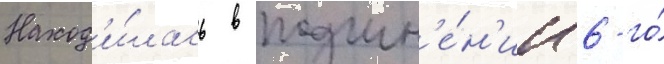
Наход'и́лась в подчин'е́н'ии 6-го́